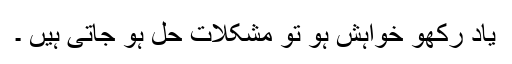
یاد رکھو خواہش ہو تو مشکلات حل ہو جاتی ہیں ۔